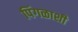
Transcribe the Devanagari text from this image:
पिंगळाशी